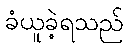
ခံယူခဲ့ရသည်